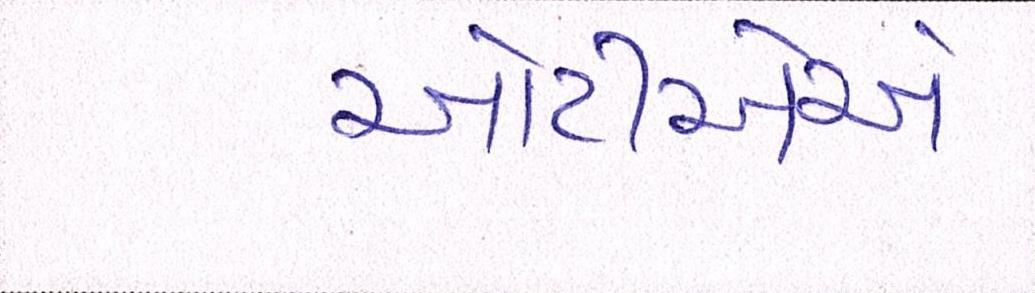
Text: ઓટીએએ